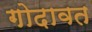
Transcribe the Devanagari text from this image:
गोदावत